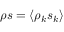
\rho s = \langle \rho _ { k } s _ { k } \rangle